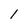
Character: l